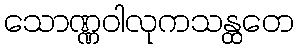
သောဏ္ဏဝါလုကသန္ထတေ